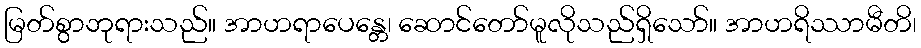
မြတ်စွာဘုရားသည်။ အာဟရာပေန္တေ၊ ဆောင်တော်မူလိုသည်ရှိသော်။ အာဟရိဿာမီတိ၊